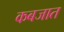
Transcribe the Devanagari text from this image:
कबजात